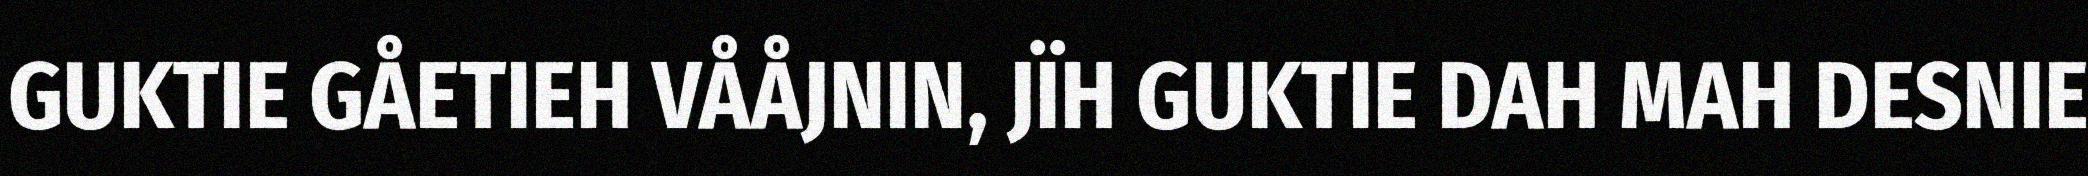
GUKTIE GÅETIEH VÅÅJNIN, JÏH GUKTIE DAH MAH DESNIE